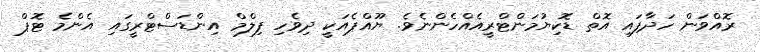
ރޮއްވަން ހަދާފައި އޮތް ޑޮކިޔުމަންޓްރީއެއްހެންނެވެ. ޔޫއްޕެއަކީ ދިވެހި ފިލްމް އިންޑަސްޓްރީގައި އެންމެ ޓޮޕް